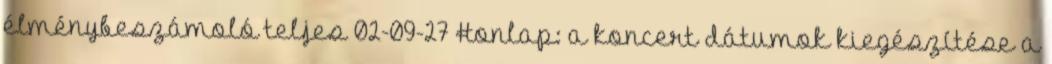
élménybeszámoló teljes 02-09-27 Honlap: a koncert dátumok kiegészítése a